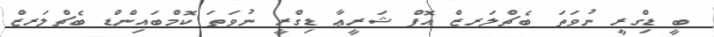
ބީ ޑިގްރީ ނުވަތަ ބެޗްލަރޒް އޮފް ޝަރީޢާ ޑިގްރީ ނުވަތަ ކޮމްބައިންޑް ބެޗްލަރޒް